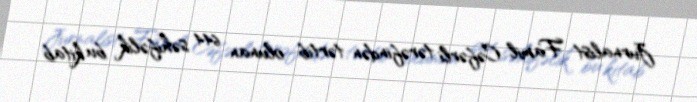
Jurnalist Famil Cəfərli tərəfindən tərtib olunan 644 səhifəlik bu kitab